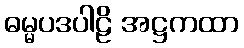
ဓမ္မပဒပါဠိ အဋ္ဌကထာ